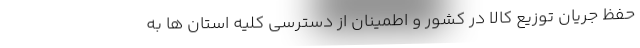
حفظ جریان توزیع کالا در کشور و اطمینان از دسترسی کلیه استان ها به